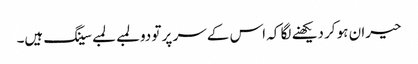
حیران ہو کر دیکھنے لگا کہ اس کے سر پر تو دو لمبے لمبے سینگ ہیں۔